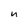
Character: n